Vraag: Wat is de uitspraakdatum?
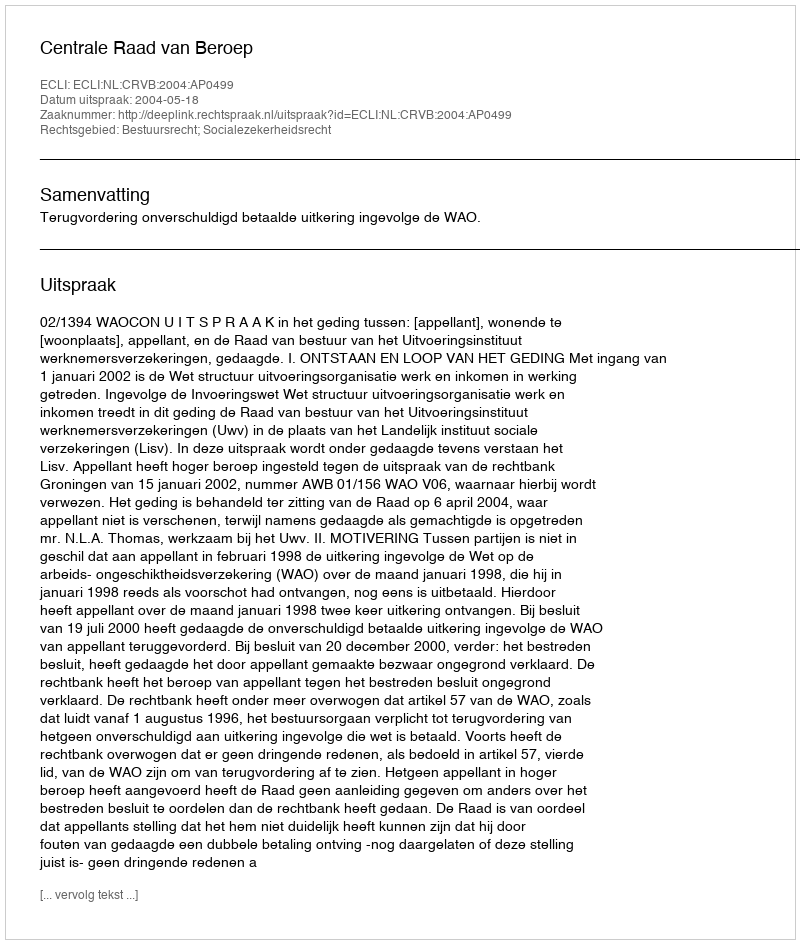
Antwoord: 2004-05-18